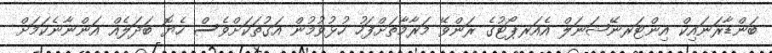
ބަންޑާރަނައިކް އިންޓަރނޭޝަނަލް އެއަރޕޯޓުގެ ރަންވޭ މަރާމާތަށްފަހު ހުޅުވުމުން އަގުތަކަށްވެސް ހެޔޮ ބަދަލެއް އަންނާނެކަމަށް